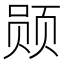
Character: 𫖲